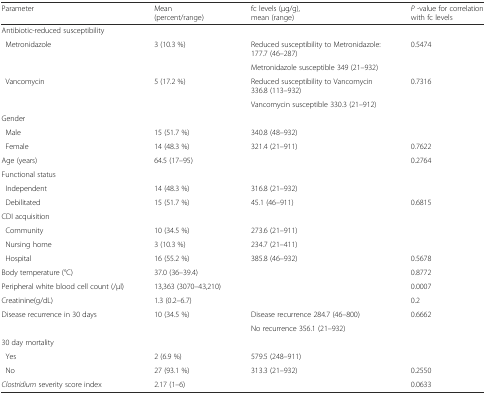
<table><thead><tr><td><b>Parameter</b></td><td><b>Mean(percent/range)</b></td><td><b>fc levels (μg/g),mean (range)</b></td><td><b><i>P</i> -value for correlation with fc levels</b></td></tr></thead><tbody><tr><td>Antibiotic-reduced susceptibility</td><td></td><td></td><td></td></tr><tr><td rowspan="2"> Metronidazole</td><td rowspan="2">3 (10.3 %)</td><td>Reduced susceptibility to Metronidazole: 177.7 (46–287)</td><td rowspan="2">0.5474</td></tr><tr><td>Metronidazole susceptible 349 (21–932)</td></tr><tr><td rowspan="2"> Vancomycin</td><td rowspan="2">5 (17.2 %)</td><td>Reduced susceptibility to Vancomycin 336.8 (113–932)</td><td rowspan="2">0.7316</td></tr><tr><td>Vancomycin susceptible 330.3 (21–912)</td></tr><tr><td>Gender</td><td></td><td></td><td></td></tr><tr><td> Male</td><td>15 (51.7 %)</td><td>340.8 (48–932)</td><td></td></tr><tr><td> Female</td><td>14 (48.3 %)</td><td>321.4 (21–911)</td><td>0.7622</td></tr><tr><td>Age (years)</td><td>64.5 (17–95)</td><td></td><td>0.2764</td></tr><tr><td>Functional status</td><td></td><td></td><td></td></tr><tr><td> Independent</td><td>14 (48.3 %)</td><td>316.8 (21–932)</td><td></td></tr><tr><td> Debilitated</td><td>15 (51.7 %)</td><td>45.1 (46–911)</td><td>0.6815</td></tr><tr><td>CDI acquisition</td><td></td><td></td><td></td></tr><tr><td> Community</td><td>10 (34.5 %)</td><td>273.6 (21–911)</td><td></td></tr><tr><td> Nursing home</td><td>3 (10.3 %)</td><td>234.7 (21–411)</td><td></td></tr><tr><td> Hospital</td><td>16 (55.2 %)</td><td>385.8 (46–932)</td><td>0.5678</td></tr><tr><td>Body temperature (°C)</td><td>37.0 (36–39.4)</td><td></td><td>0.8772</td></tr><tr><td>Peripheral white blood cell count (/μl)</td><td>13,363 (3070–43,210)</td><td></td><td>0.0007</td></tr><tr><td>Creatinine(g/dL)</td><td>1.3 (0.2–6.7)</td><td></td><td>0.2</td></tr><tr><td rowspan="2">Disease recurrence in 30 days</td><td rowspan="2">10 (34.5 %)</td><td>Disease recurrence 284.7 (46–800)</td><td rowspan="2">0.6662</td></tr><tr><td>No recurrence 356.1 (21–932)</td></tr><tr><td>30 day mortality</td><td></td><td></td><td></td></tr><tr><td> Yes</td><td>2 (6.9 %)</td><td>579.5 (248–911)</td><td></td></tr><tr><td> No</td><td>27 (93.1 %)</td><td>313.3 (21–932)</td><td>0.2550</td></tr><tr><td><i>Clostridium</i> severity score index</td><td>2.17 (1–6)</td><td></td><td>0.0633</td></tr></tbody></table>